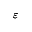
\varepsilon